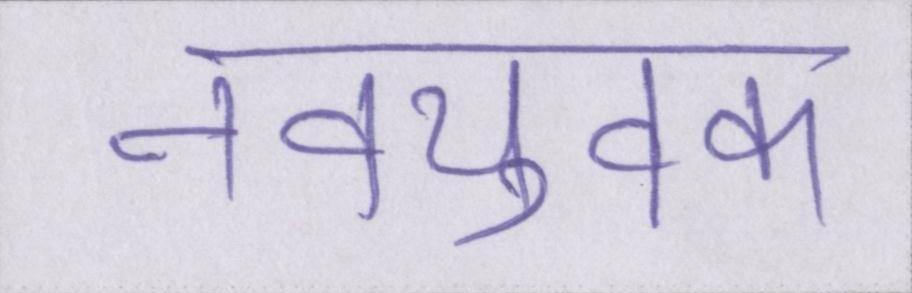
नवयुवक